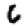
Digit: 6